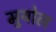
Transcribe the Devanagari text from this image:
मुयोल